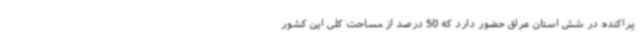
پراکنده در شش استان عراق حضور دارد که 50 درصد از مساحت کلی این کشور